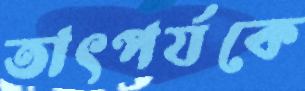
তাৎপর্যকে